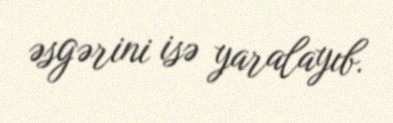
əsgərini isə yaralayıb.